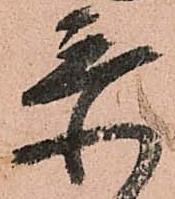
忝